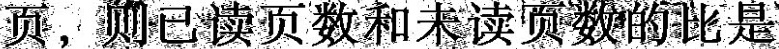
页，则已读页数和未读页数的比是